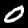
Digit: 0